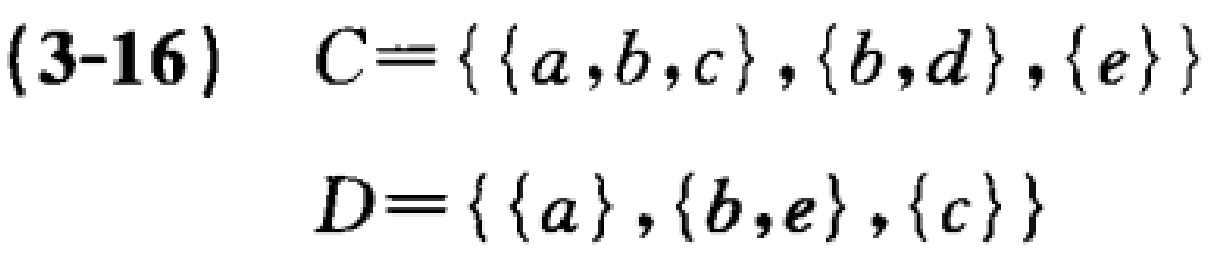
(3-16) \[ C = \{ \{ a, b, c \}, \{ b, d \}, \{ e \} \} \]

\[ D = \{ \{ a \}, \{ b, e \}, \{ c \} \} \]